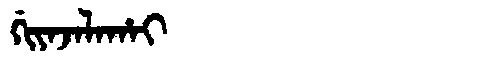
Manchu: ᡤᡳᠶᠠᠵᠠᠯᠠᡥᠠᡳ
Romanization: GIYAJALAHAI